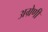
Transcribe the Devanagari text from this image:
अग्रेणी